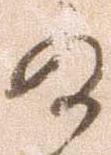
及